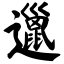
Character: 邋